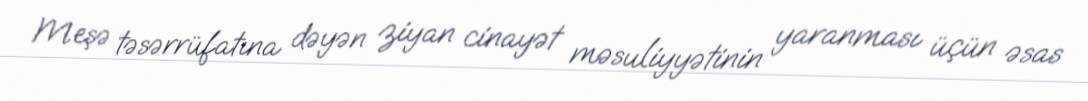
Meşə təsərrüfatına dəyən ziyan cinayət məsuliyyətinin yaranması üçün əsas